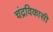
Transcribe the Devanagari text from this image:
चंद्रविकासी